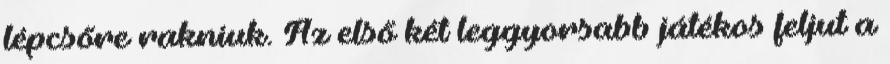
lépcsőre rakniuk. Az első két leggyorsabb játékos feljut a